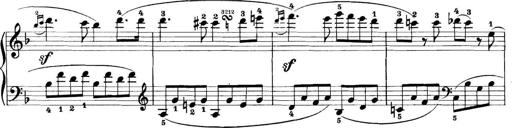
Title: 11 Sonatinas
Composer: Anton Diabelli